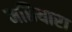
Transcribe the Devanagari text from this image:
मछियारा